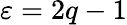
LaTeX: \varepsilon=2q-1